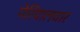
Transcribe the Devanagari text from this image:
पेरियालवार